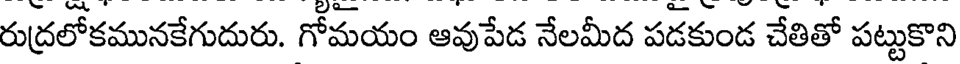
రుద్రలోకమునకేగుదురు. గోమయం ఆవుపేడ నేలమీద పడకుండ చేతితో పట్టుకొని